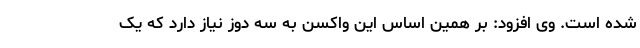
شده است. وی افزود: بر همین اساس این واکسن به سه دوز نیاز دارد که یک